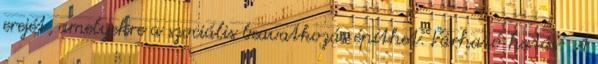
erejét, amelyekre a szociális beavatkozás építhet. Várható hatás: A